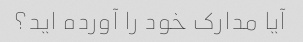
آیا مدارک خود را آورده اید؟